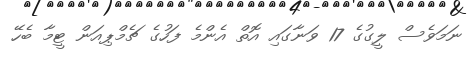
ނަމަވެސް ލީގުގެ 17 ވަނާގައި އޮތް އެންމެ ފަހުގެ ޗެމްޕިއަން ޓީމާ ބެހޭ